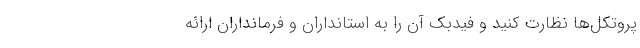
پروتکل‌ها نظارت کنید و فیدبک آن را به استانداران و فرمانداران ارائه